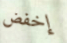
إخفض